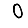
Digit: 0